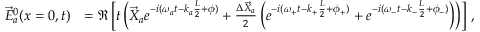
\begin{array} { r l } { \vec { E } _ { a } ^ { 0 } ( x = 0 , t ) } & { = \Re \left[ t \left( \vec { X } _ { a } e ^ { - i ( \omega _ { a } t - k _ { a } \frac { L } { 2 } + \phi ) } + \frac { \Delta \vec { X } _ { a } } { 2 } \left( e ^ { - i ( \omega _ { + } t - k _ { + } \frac { L } { 2 } + \phi _ { + } ) } + e ^ { - i ( \omega _ { - } t - k _ { - } \frac { L } { 2 } + \phi _ { - } ) } \right) \right) \right] \, , } \end{array}